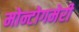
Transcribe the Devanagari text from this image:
मोन्टोगमेरी